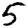
Digit: 5